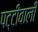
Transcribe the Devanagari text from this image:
पट्टीवाली